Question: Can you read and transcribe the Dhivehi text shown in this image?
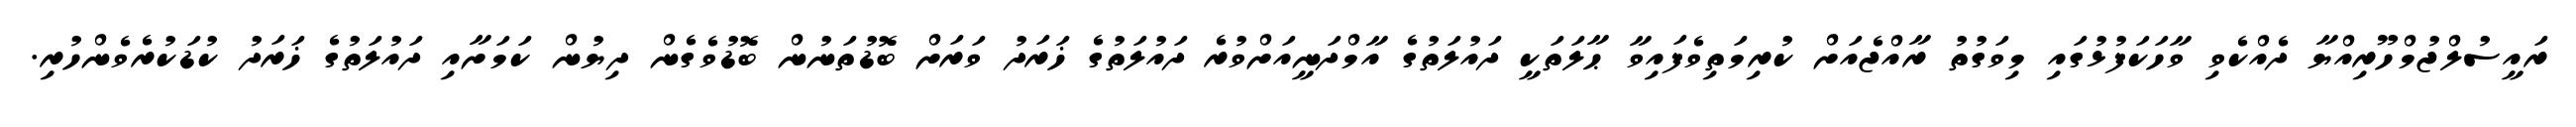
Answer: ރައީސުލްޖުމްހޫރިއްޔާ ދެއްކެވި ވާހަކަފުޅުގައި މިވަގުތު ރާއްޖެއަށް ކުރިމަތިވެފައިވާ ޙާލަތަކީ ދައުލަތުގެ އާމްދަނީއަށްވުރެ ދައުލަތުގެ ޚަރަދު ވަރަށް ބޮޑުތަނުން ބޮޑުވެގެން ދިޔުން ކަމަށާއި ދައުލަތުގެ ޚަރަދު ކުޑަކުރެވެންހުރި.